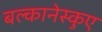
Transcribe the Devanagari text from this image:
बल्कानेस्कुए